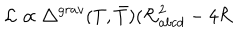
{ \cal L } \propto { { \triangle } ^ { g r a v } } ( T , { \bar { T } } ) ( { \cal R } _ { a b c d } ^ { 2 } - 4 { \cal R }